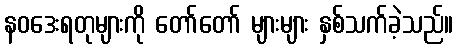
နဝဒေးရတုများကို တော်တော် များများ နှစ်သက်ခဲ့သည်။